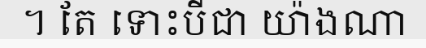
។ តែ ទោះបីជា យ៉ាងណា